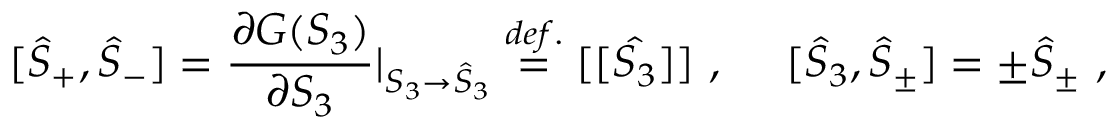
[ \hat { S } _ { + } , \hat { S } _ { - } ] = \displaystyle \frac { \partial G ( S _ { 3 } ) } { \partial S _ { 3 } } \vert _ { S _ { 3 } \to \hat { S } _ { 3 } } \stackrel { d e f . } { = } [ [ \hat { S _ { 3 } } ] ] ~ , ~ ~ ~ ~ [ \hat { S } _ { 3 } , \hat { S } _ { \pm } ] = \pm \hat { S } _ { \pm } ~ ,